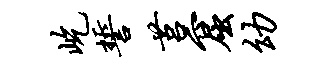
屹誓莒窟幼